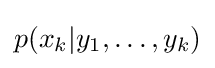
p(x_{k}|y_{1},\ldots ,y_{k})